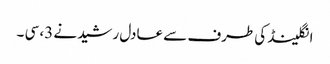
انگلینڈ کی طرف سے عادل رشید نے 3، سی ۔